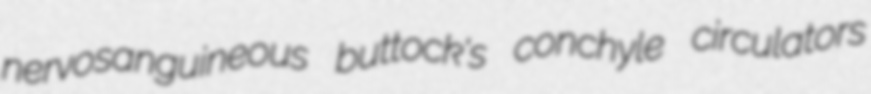
nervosanguineous buttock's conchyle circulators